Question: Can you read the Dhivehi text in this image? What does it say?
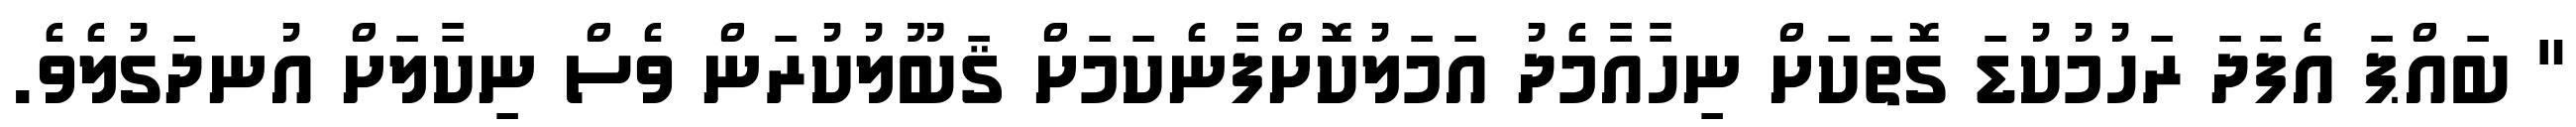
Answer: " ބައްޕަ އެފަދަ ރަހުމުކުޑަ ގޮތަކަށް ނިހާއާމެދު އަމަލުކޮށްފާނެކަމަށް ޤަބޫލުކުރަން ވެސް ނިކާލަށް އުނދަގުލެވެ.